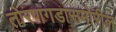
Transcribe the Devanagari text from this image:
तोरणगडासमोरील